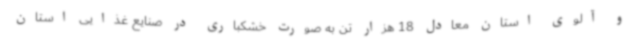
و آلوی استان معادل 18 هزار تن به صورت خشکباری در صنایع غذایی استان